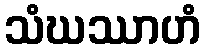
သံဃဿာဟံ